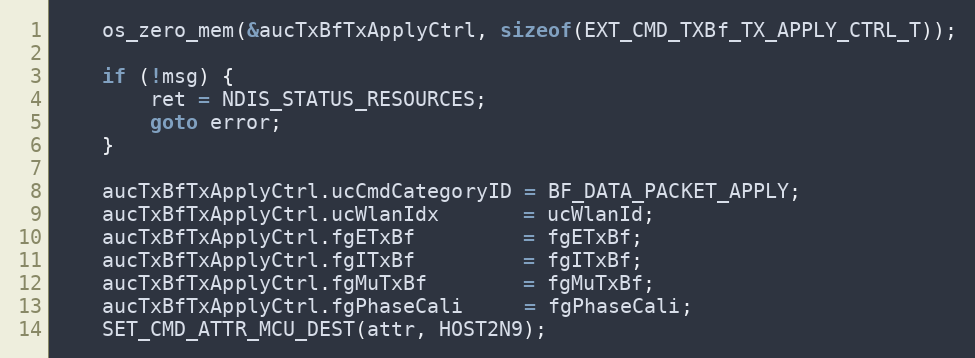
Language: C
	os_zero_mem(&aucTxBfTxApplyCtrl, sizeof(EXT_CMD_TXBf_TX_APPLY_CTRL_T));

	if (!msg) {
		ret = NDIS_STATUS_RESOURCES;
		goto error;
	}

	aucTxBfTxApplyCtrl.ucCmdCategoryID = BF_DATA_PACKET_APPLY;
	aucTxBfTxApplyCtrl.ucWlanIdx       = ucWlanId;
	aucTxBfTxApplyCtrl.fgETxBf         = fgETxBf;
	aucTxBfTxApplyCtrl.fgITxBf         = fgITxBf;
	aucTxBfTxApplyCtrl.fgMuTxBf        = fgMuTxBf;
	aucTxBfTxApplyCtrl.fgPhaseCali     = fgPhaseCali;
	SET_CMD_ATTR_MCU_DEST(attr, HOST2N9);